Vaccination report Assam 1874-1896 - 1874-1896
Year: 1874
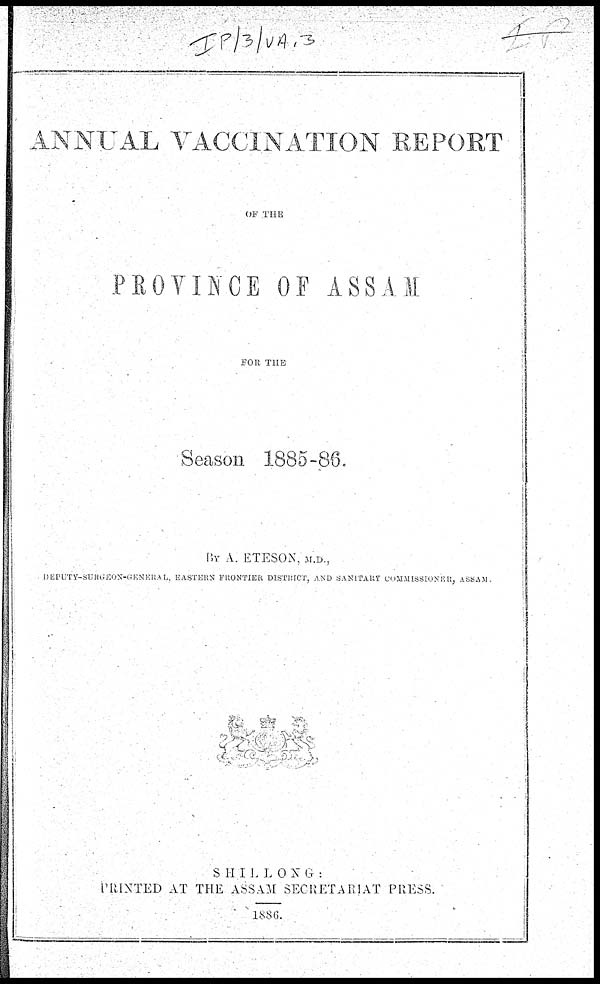
ANNUAL VACCINATION REPORT
OF THE
PROVINCE OF ASSAM
FOR THE
Season 1885-86.
BY A. ETESON, M.D.,
DEPUTY-SURGEON-GENERAL, EASTERN FRONTIER DISTRICT, AND SANITARY COMMISSIONER, ASSAM.
SHILLONG :
PRINTED AT THE ASSAM SECRETARIAT PRESS.
1886.